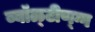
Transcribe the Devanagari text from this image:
ब्बॉळ्टीण्ग्ग